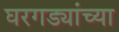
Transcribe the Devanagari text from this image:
घरगड्यांच्या